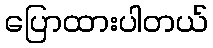
ပြောထားပါတယ်